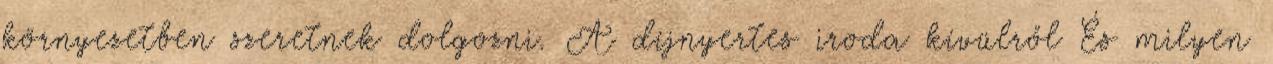
környezetben szeretnek dolgozni. A díjnyertes iroda kívülről És milyen